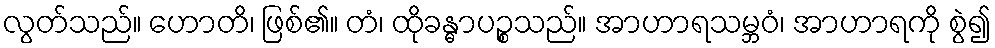
လွတ်သည်။ ဟောတိ၊ ဖြစ်၏။ တံ၊ ထိုခန္ဓာပဉ္စသည်။ အာဟာရသမ္ဘဝံ၊ အာဟာရကို စွဲ၍